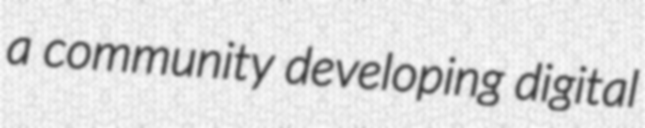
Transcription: a community developing digital